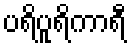
ပရိပူရိကာရီ